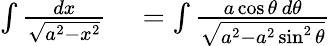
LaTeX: \begin{array}{rl}{\int{\frac{dx}{\sqrt{a^{2}-x^{2}}}}}&{{}=\int{\frac{a\cos\theta\, d\theta}{\sqrt{a^{2}-a^{2}\sin^{2}\theta}}}}\end{array}